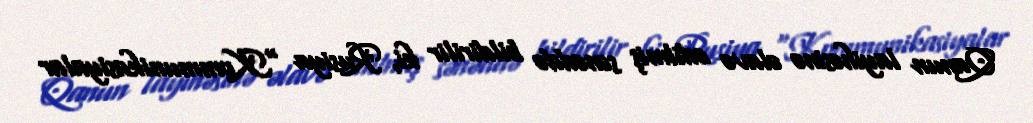
Qanun layihəsinə əlavə edilmiş sənəddə bildirilir ki, Rusiya “Kommunikasiyalar